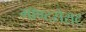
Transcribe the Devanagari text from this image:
मॉण्टसेराट